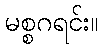
မစ္စဂရင်း။